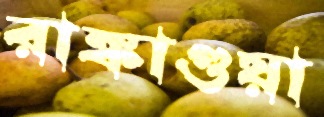
রাঙ্কাগুয়া